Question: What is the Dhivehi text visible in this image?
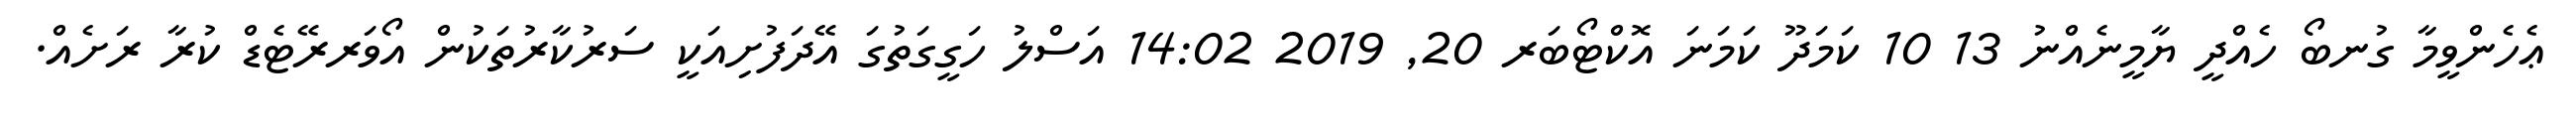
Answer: ޢެހެންވީމާ ގުނބޯ ހެއްދީ ޔާމީނެއްނު 13 10 ކަމަދޫ ކަމަނަ އޮކްޓޯބަރ 20, 2019 14:02 އަސްލު ހަގީގަތުގަ އޭދަފުށިއަކީ ސަރުކާރުތަކުން އޯވަރރޭޓެޑް ކުރާ ރަށެއް.